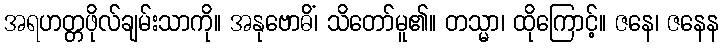
အရဟတ္တဖိုလ်ချမ်းသာကို။ အနုဗောဓိံ၊ သိတော်မူ၏။ တသ္မာ၊ ထိုကြောင့်။ ဇနေ၊ ဇနေန